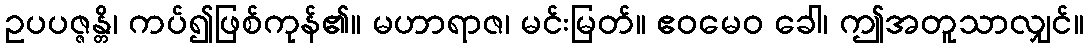
ဥပပဇ္ဇန္တိ၊ ကပ်၍ဖြစ်ကုန်၏။ မဟာရာဇ၊ မင်းမြတ်။ ဧဝမေဝ ခေါ၊ ဤအတူသာလျှင်။